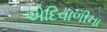
એદિવાળીના